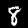
Label: 8